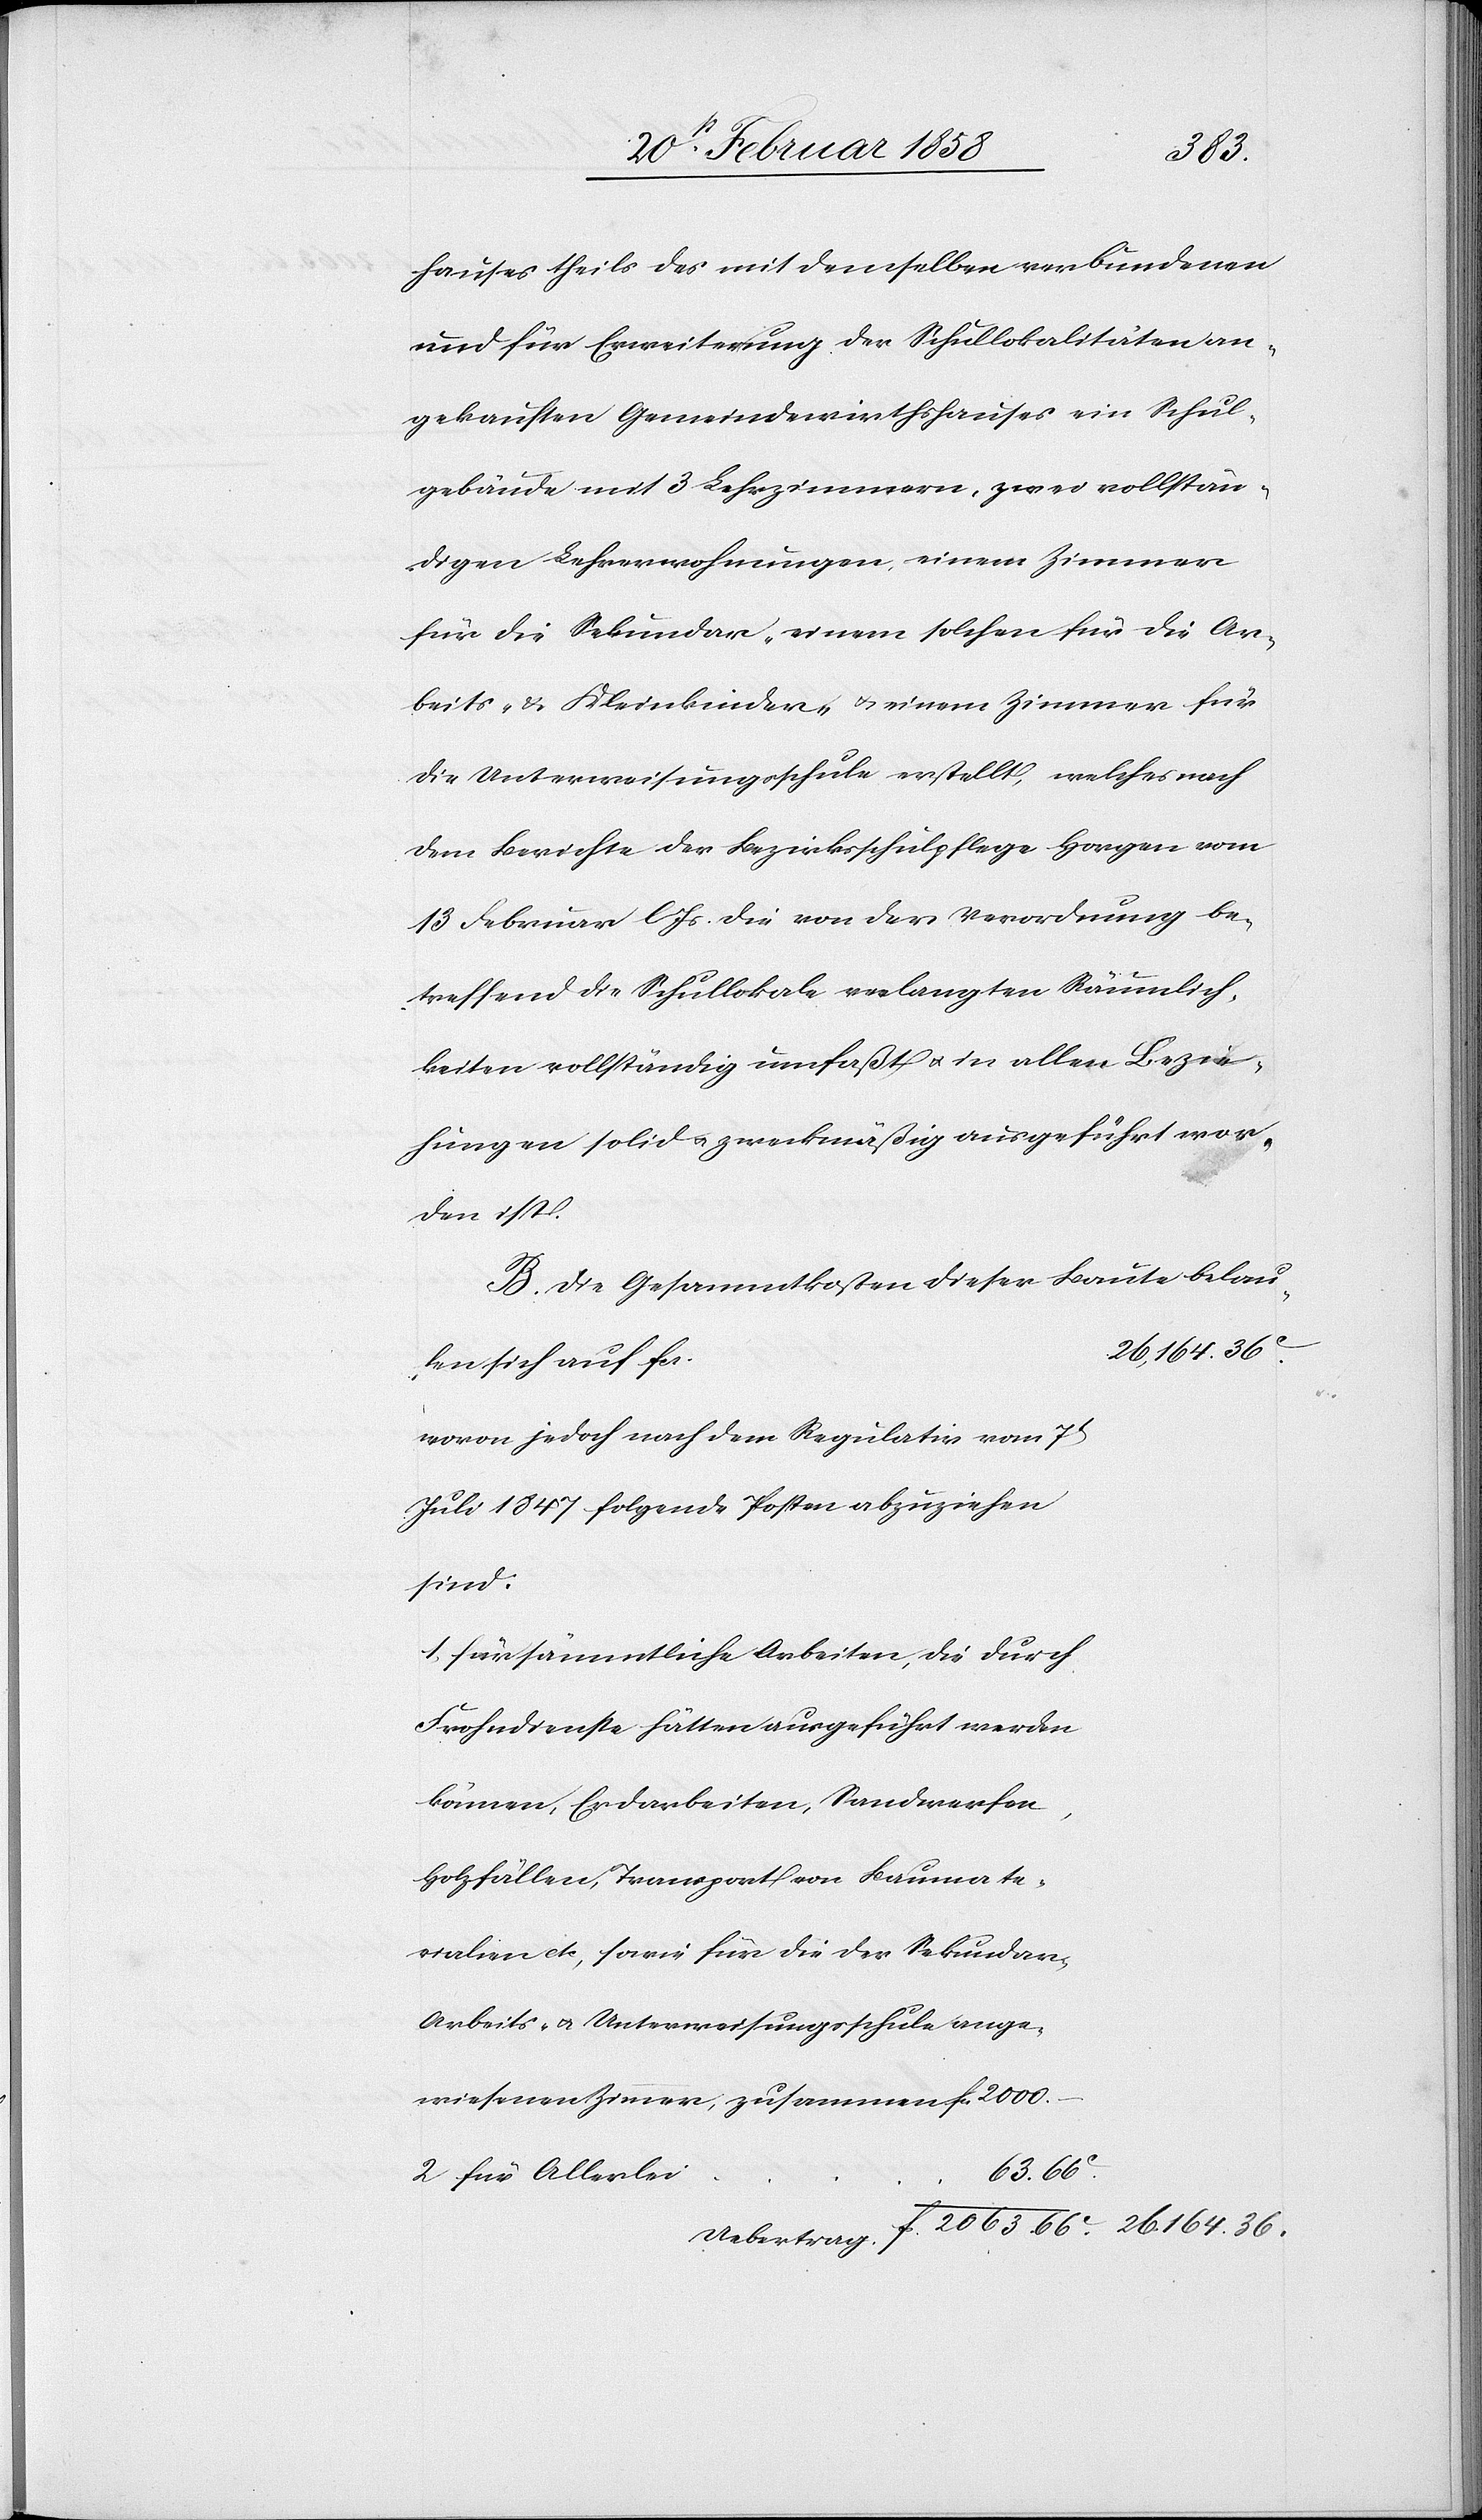
2000.
hauses theils des mit demselben verbundenen
und für Erweiterung der Schullokalitäten an¬
gekauften Gemeindewirthshauses ein Schul¬
gebäude mit 3 Lehrzimmern, zwei vollstän¬
digen Lehrerwohnungen, einem Zimmer
für die Sekundar- einem solchen für die Ar¬
beits- & Kleinkinder- u. einem Zimmer für
die Unterweisungsschule erstellt, welches nach
dem Berichte der Bezirksschulpflege Horgen vom
13 Februar l. Js. die von der Verordnung be¬
treffend die Schullokale verlangten Räumlich¬
keiten vollständig umfaßt u. in allen Bezie¬
hungen solid u. zweckmäßig ausgeführt wor¬
den ist.
B. Die Gesammtkosten dieser Baute belauf¬
wovon jedoch nach dem Regulativ vom 7t
Juli 1847 folgende Posten abzuziehen
sind.
1 für sämmtliche Arbeiten, die durch
Frohndienste hätten ausgeführt werden
können, Erdarbeiten, Sandwerfen,
Holzfällen, Tramsport von Baumate¬
rialien etc, sowie für die der Sekundar-
Arbeits- u. Unterweisungsschule ange¬
–
wiesenen Zimmer, zusammen
2 für Allerlei

66.